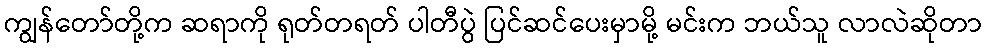
ကျွန်တော်တို့က ဆရာကို ရုတ်တရတ် ပါတီပွဲ ပြင်ဆင်ပေးမှာမို့ မင်းက ဘယ်သူ လာလဲဆိုတာ